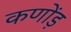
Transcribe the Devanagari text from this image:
कणोंड़